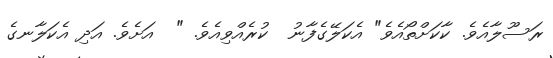
ރަސޫލާއެވެ. ކާކަށްތޯއެވެ" އެކަލޭގެފާނު  ކުރެއްވިއެވެ. "  އަށެވެ. އަދި އެކަލާނގެ